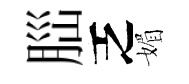
𦛁乏媚